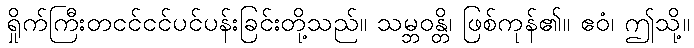
ရှိုက်ကြီးတငင်ငင်ပင်ပန်းခြင်းတို့သည်။ သမ္ဘဝန္တိ၊ ဖြစ်ကုန်၏။ ဧဝံ၊ ဤသို့။